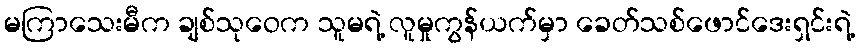
မကြာသေးမီက ချစ်သုဝေက သူမရဲ့ လူမှုကွန်ယက်မှာ ခေတ်သစ်ဖောင်ဒေးရှင်းရဲ့